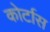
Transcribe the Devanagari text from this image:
कोर्टास